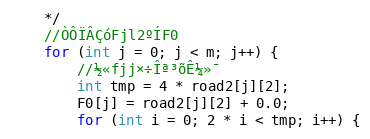
Language: C++
	*/
	//ÒÔÏÂÇóFjl2ºÍF0
	for (int j = 0; j < m; j++) {
		//½«fjj×÷Îª³õÊ¼»¯
		int tmp = 4 * road2[j][2];
		F0[j] = road2[j][2] + 0.0;
		for (int i = 0; 2 * i < tmp; i++) {